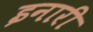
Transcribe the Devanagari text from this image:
इनारी